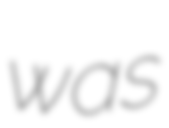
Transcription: was